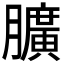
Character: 𦢎